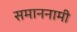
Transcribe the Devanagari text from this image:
समाननामी